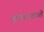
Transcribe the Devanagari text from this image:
हरिकथाओं